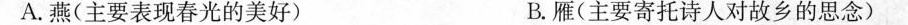
A.燕(主要表现春光的美好) B.雁(主要寄托诗人对故乡的思念)